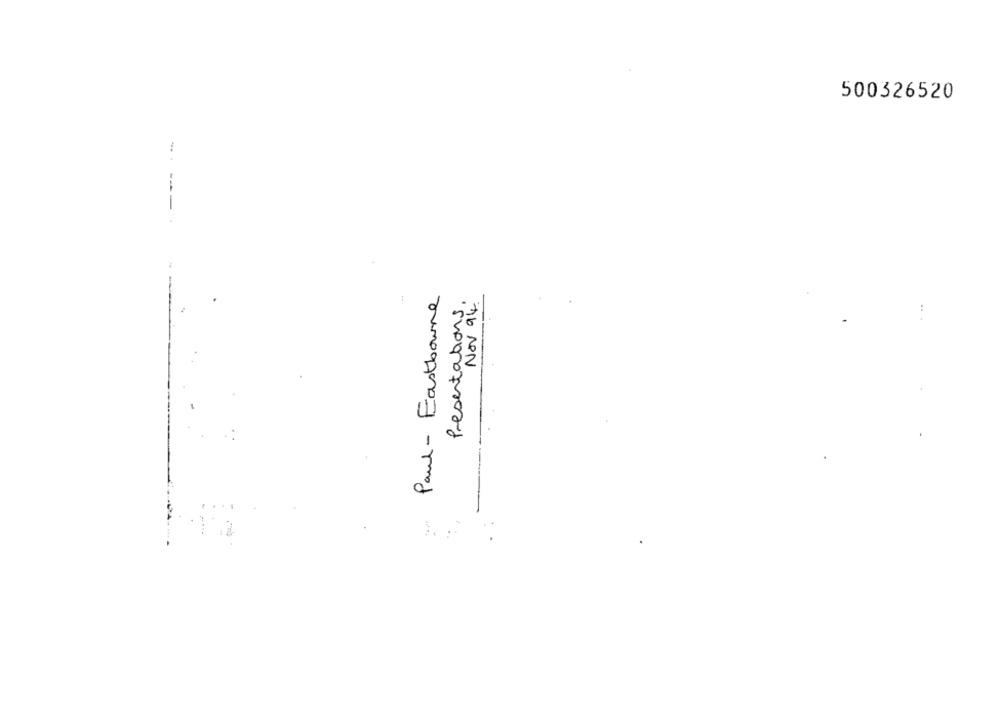
500326520
-- ---
Paul - Eastbourne
:
Presentations
Nov 94